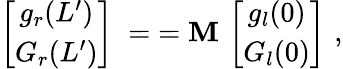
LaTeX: \left[\begin{array}{cc}{g_{r}(L^{\prime})}\\ {G_{r}(L^{\prime})}\end{array}\right]\; =\; =\texttt{\textbf{M}}\, \left[\begin{array}{cc}{g_{l}(0)}\\ {G_{l}(0)}\end{array}\right]\, \, ,